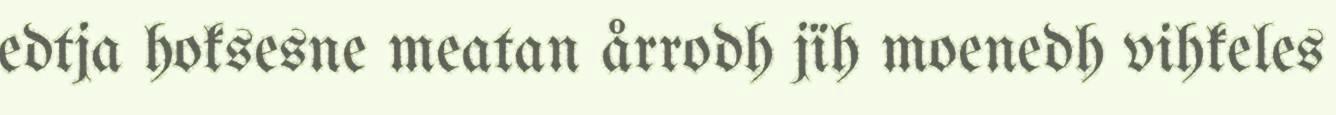
edtja hoksesne meatan årrodh jïh moenedh vihkeles